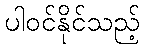
ပါဝင်နိုင်သည့်